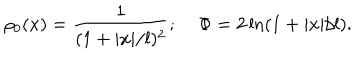
LaTeX: \rho _ { 0 } ( x ) = { \frac { 1 } { ( 1 + | x | / l ) ^ { 2 } } } ; \; \Phi = 2 \ln ( 1 + | x | / l ) .